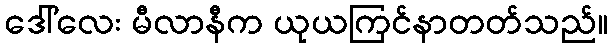
ဒေါ်လေး မီလာနီက ယုယကြင်နာတတ်သည်။